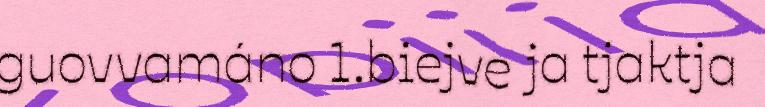
guovvamáno 1.biejve ja tjaktja